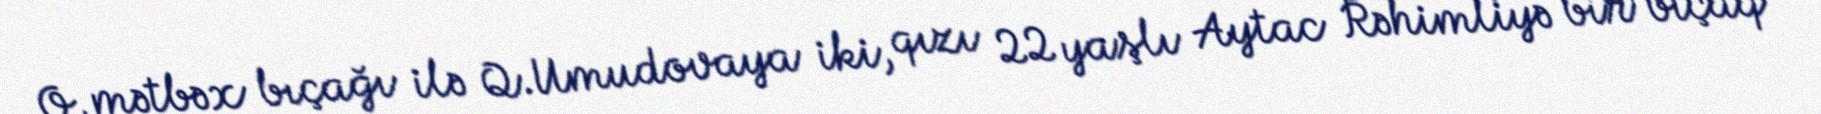
O, mətbəx bıçağı ilə Q.Umudovaya iki, qızı 22 yaşlı Aytac Rəhimliyə bir bıçaq